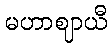
မဟာဈာယီ